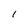
Character: 1